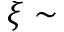
\xi \sim